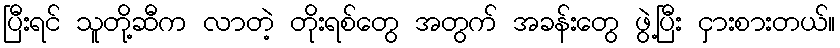
ပြီးရင် သူတို့ဆီက လာတဲ့ တိုးရစ်တွေ အတွက် အခန်းတွေ ဖွဲ့ပြီး ငှားစားတယ်။